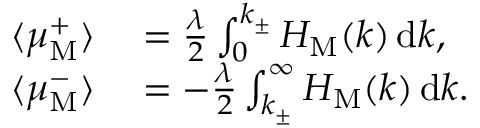
\begin{array} { r l } { \langle \mu _ { \mathrm { M } } ^ { + } \rangle } & { { } = \frac { \lambda } { 2 } \int _ { 0 } ^ { k _ { \pm } } H _ { \mathrm { M } } ( k ) \, \mathrm { d } { } k , } \\ { \langle \mu _ { \mathrm { M } } ^ { - } \rangle } & { { } = - \frac { \lambda } { 2 } \int _ { k _ { \pm } } ^ { \infty } H _ { \mathrm { M } } ( k ) \, \mathrm { d } { } k . } \end{array}